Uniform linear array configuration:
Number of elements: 8
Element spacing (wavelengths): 1
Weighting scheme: cosine
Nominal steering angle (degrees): -15
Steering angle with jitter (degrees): -14.774
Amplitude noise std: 0.05
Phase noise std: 0.05

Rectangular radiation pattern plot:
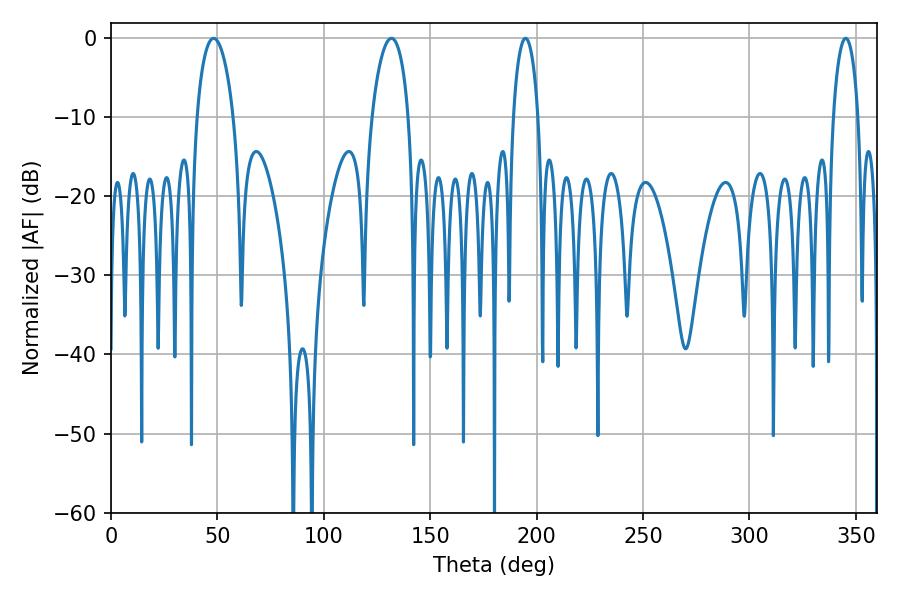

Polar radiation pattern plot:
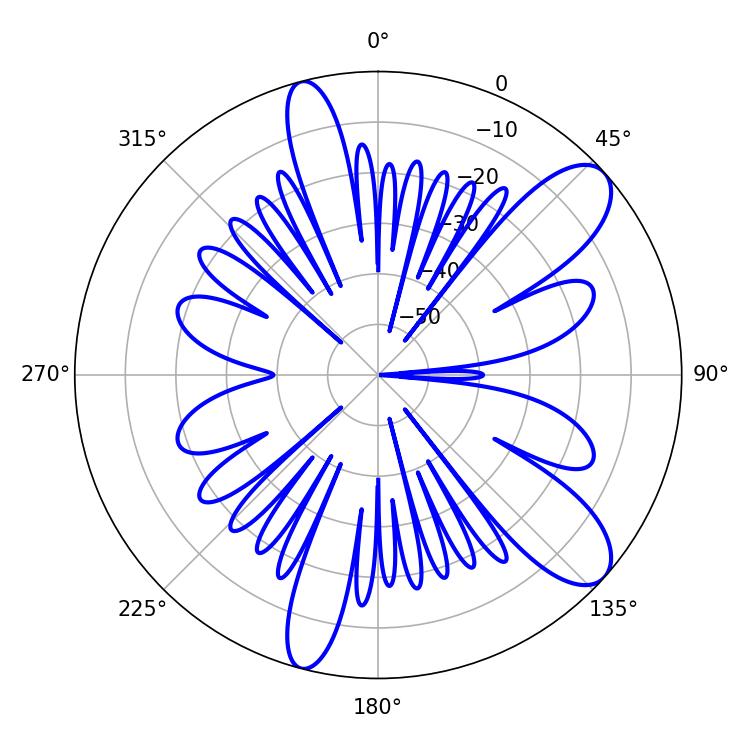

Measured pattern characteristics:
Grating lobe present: TRUE
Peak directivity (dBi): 9.85
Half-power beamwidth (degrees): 9.72
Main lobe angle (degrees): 131.76